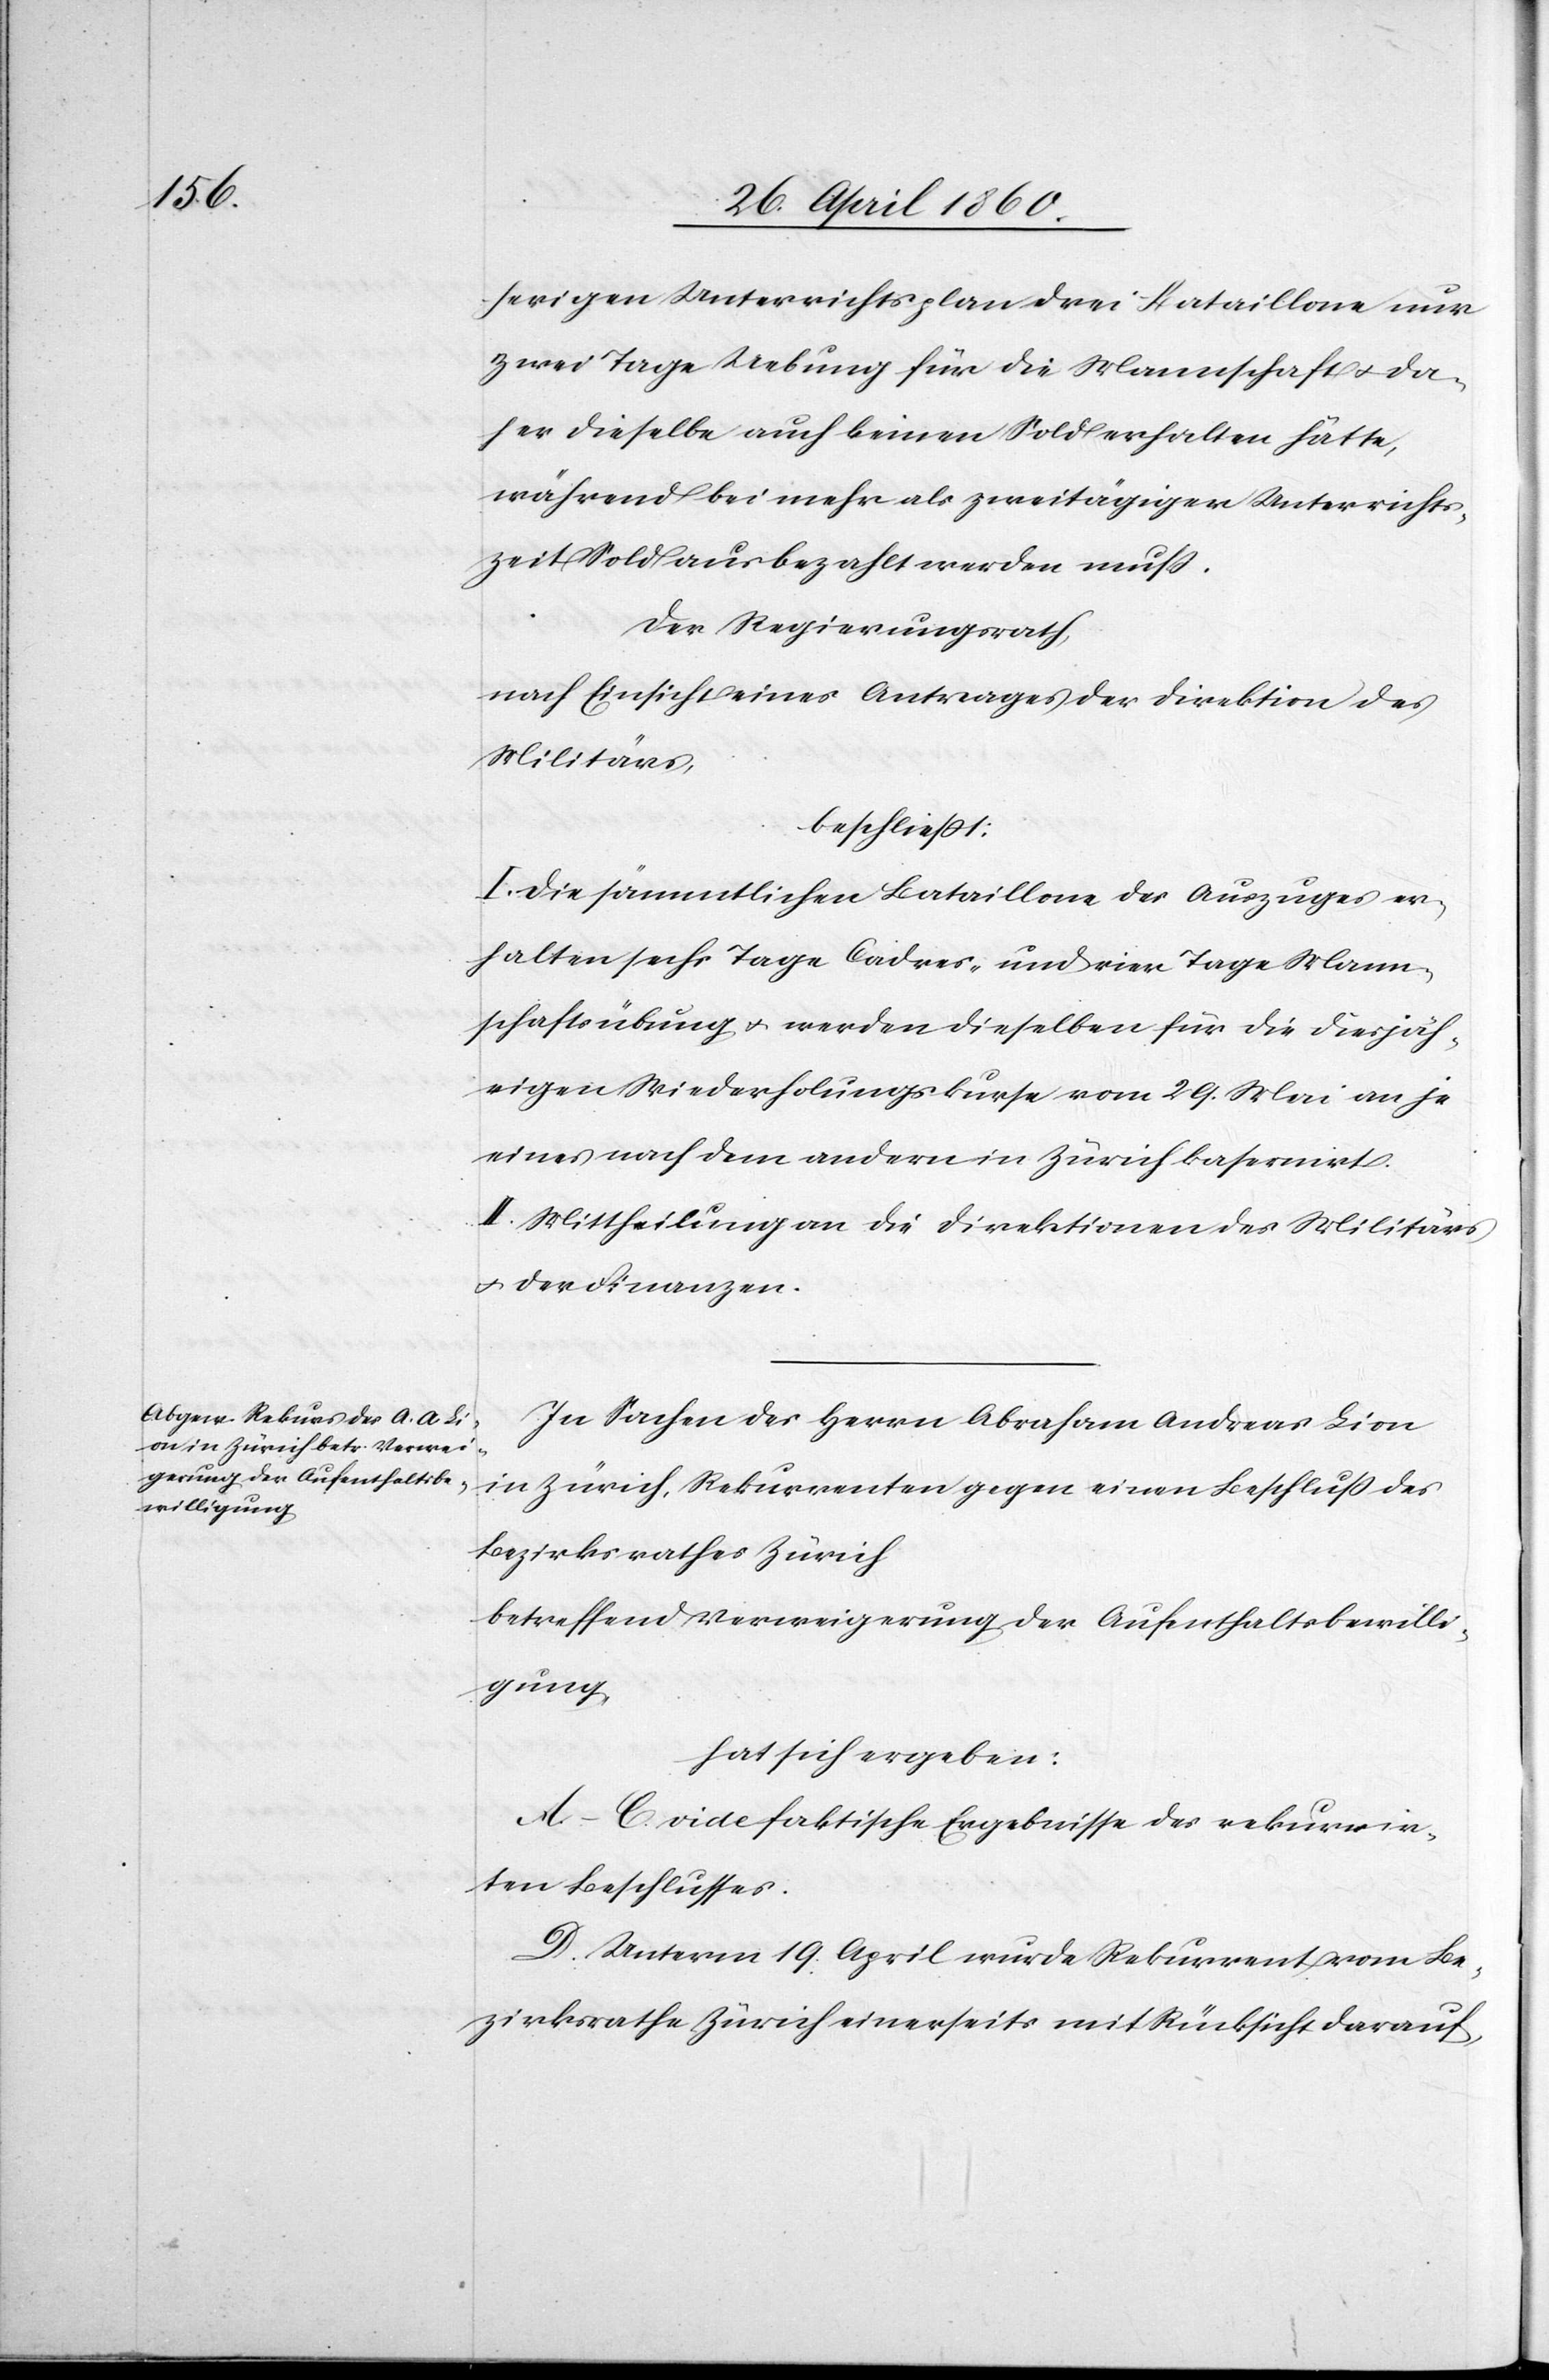
herigen Unterrichtsplan drei Bataillone nur
zwei Tage Uebung für die Mannschaft u. da¬
her dieselbe auch keinen Sold erhalten hätte,
während bei mehr als zweitägiger Unterrichts¬
zeit Sold ausbezahlt werden muss.
Der Regierungsrath,
nach Einsicht eines Antrages der Direktion des
Militärs,
beschliesst:
I. Die sämmtlichen Bataillone des Auszuges er¬
halten sechs Tage Cadres- und vier Tage Mann¬
schaftsübung u. werden dieselben für die diesjäh¬
rigen Wiederholungskurse vom 29. Mai an je
eines nach dem andern in Zürich kasernirt.
II. Mittheilung an die Direktionen des Militärs
u. der Finanzen.
In Sachen des Herrn Abraham Andreas Lion
in Zürich, Rekurrenten gegen einen Beschluss des
Bezirksrathes Zürich
betreffend Verweigerung der Aufenthaltsbewilli¬
gung,
hat sich ergeben:
A.–C. vide faktische Ergebnisse des rekurrir¬
ten Beschlusses.
D. Unterm 19. April wurde Rekurrent vom Be¬
zirksrathe Zürich einerseits mit Rücksicht darauf,